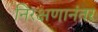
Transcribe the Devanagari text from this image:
निरक्षणानंतर